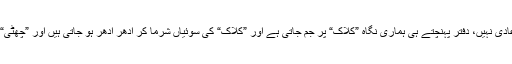
کیونکہ ہم دفتری اوقات میں بھی سر کھپانے کی مشقت کے عادی نہیں، دفتر پہنچتے ہی ہماری نگاہ ”کلاک“ پر جم جاتی ہے اور ”کلاک“ کی سوئیاں شرما کر اِدھر اُدھر ہو جاتی ہیں اور ”چھٹی“ ہوتے ہی سب سے پہلے ”دفتر کا سربراہ“ گھر پہنچ جاتا ہے!